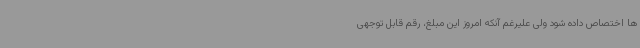
ها اختصاص داده شود ولی علیرغم آنکه امروز این مبلغ، رقم قابل توجهی